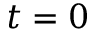
t = 0